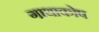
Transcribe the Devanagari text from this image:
गाथाकोष